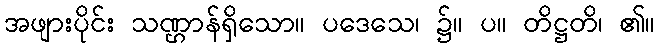
အဖျားပိုင်း သဏ္ဌာန်ရှိသော။ ပဒေသေ၊ ၌။ ပ။ တိဋ္ဌတိ၊ ၏။